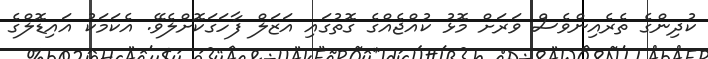
ކުދިންގެ ތެރެއިންވެސް ވަރަށް މޮޅު ކުއްޖެއްގެ ގޮތުގައި އަޒަލް ފާހަގަކޮށްލެވޭ. އެކަމަކު އައިޑޮލްގެ